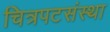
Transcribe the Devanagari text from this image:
चित्रपटसंस्था